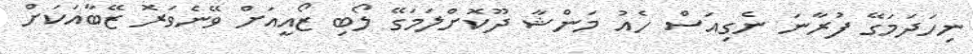
ނިހަދަމަގޭ ފުރާނަ ނެގިއަސް ހެއު މަންޝާ ދޫކޮށްލަމަގޭ ލޯބި ޒޯއީއަށް ވޭނެވަރޮ ޒޭބާއަކަށް